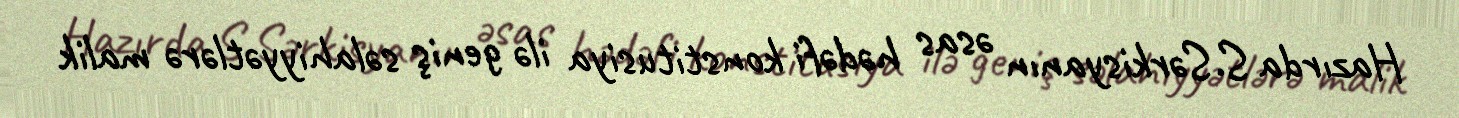
Hazırda S.Sərkisyanın əsas hədəfi konstitusiya ilə geniş səlahiyyətlərə malik